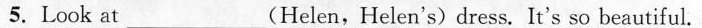
5.Look at___(Helen,Helen's) dress. It's so beautiful.